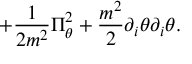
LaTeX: + { \frac { 1 } { 2 m ^ { 2 } } } \Pi _ { \theta } ^ { 2 } + { \frac { m ^ { 2 } } { 2 } } \partial _ { i } \theta \partial _ { i } \theta .